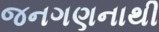
જનગણનાથી